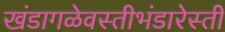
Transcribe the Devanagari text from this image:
खंडागळेवस्तीभंडारेस्ती